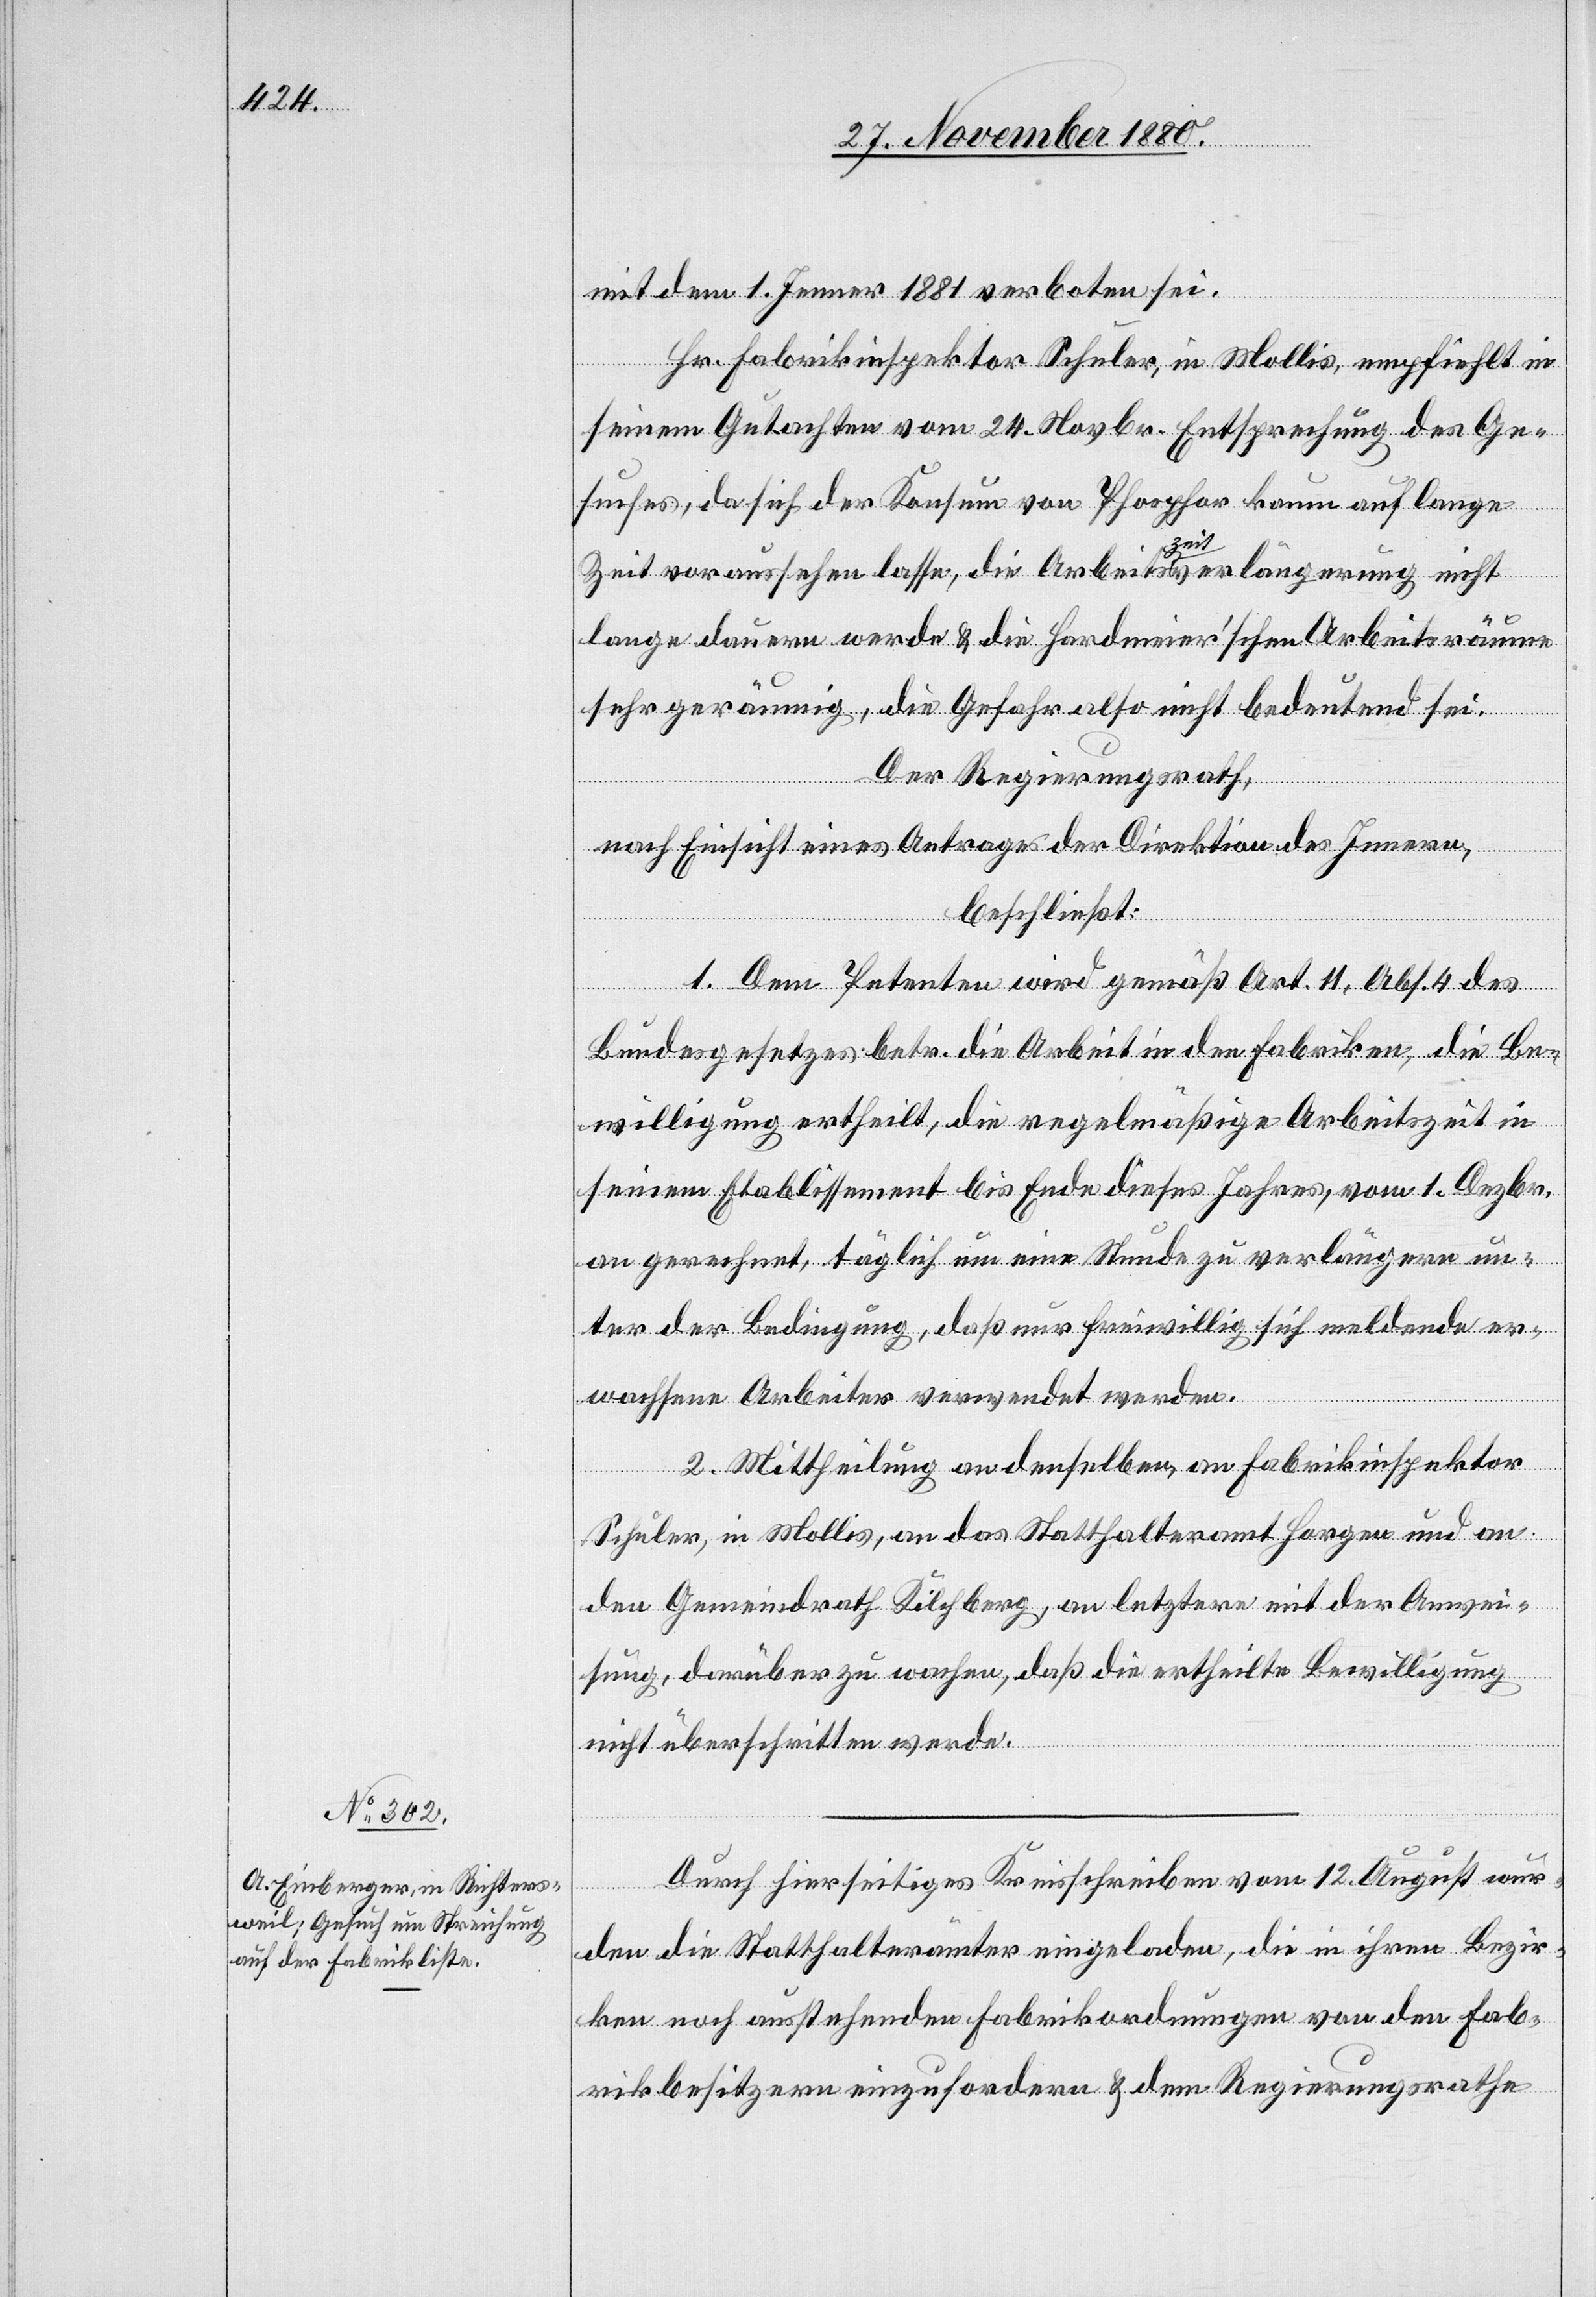
mit dem 1. Jenner 1881 verboten sei.
Hr. Fabrikinspektor Schuler, in Mollis, empfiehlt in
seinem Gutachten vom 24. Novbr. Entsprechung des Ge¬
suches, da sich der Konsum von Phosphor kaum auf lange
Zeit voraussehen lasse, die Arbeitszeitverlängerung nicht
lange dauern werde & die Hardmeier’schen Arbeitsräume
sehr geräumig, die Gefahr also nicht bedeutend sei.
Der Regierungsrath,
nach Einsicht eines Antrages der Direktion des Innern,
beschließt:
1. Dem Petenten wird gemäß Art. 11, Abs. 4 des
Bundesgesetzes betr. die Arbeit in den Fabriken, die Be¬
willigung ertheilt, die regelmäßige Arbeitszeit in
seinem Etablissement bis Ende dieses Jahres, vom 1. Dezbr.
an gerechnet, täglich um eine Stunde zu verlängern un¬
ter der Bedingung, daß nur freiwillig sich meldende er¬
wachsene Arbeiter verwendet werden.
2. Mittheilung an denselben, an Fabrikinspektor
Schuler, in Mollis, an das Statthalteramt Horgen und an
den Gemeindrath Kilchberg, an letztern mit der Anwei¬
sung, darüber zu wachen, daß die ertheilte Bewilligung
nicht überschritten werde.
Durch hierseitiges Kreisschreiben vom 12. August wur¬
den die Statthalterämter eingeladen, die in ihren Bezir¬
ken noch ausstehenden Fabrikordnungen von den Fab¬
rikbesitzern einzufordern & dem Regierungsrathe